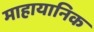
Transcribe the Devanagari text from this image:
माहायानिक